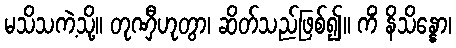
မသိသကဲ့သို့။ တုဏှီဟုတွာ၊ ဆိတ်သည်ဖြစ်၍။ ကိံ နိသိန္နော၊